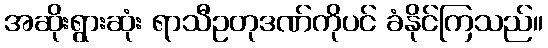
အဆိုးရွားဆုံး ရာသီဥတုဒဏ်ကိုပင် ခံနိုင်ကြသည်။